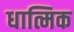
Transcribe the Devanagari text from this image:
धात्मिक